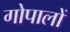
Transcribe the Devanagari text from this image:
गोपालों